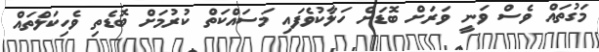
މަގުތައް ވެސް ވަނީ ވަރަށް ބޮޑަށް ހަލާކުވެފައި މަސައްކަތް ކުރުމަށް ބޮޑެތި ވެހިކަލްތައް